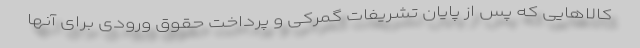
کالاهایی که پس از پایان تشریفات گمرکی و پرداخت حقوق ورودی برای آنها